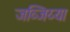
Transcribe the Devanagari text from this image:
जव्जिय्या